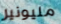
مليونير